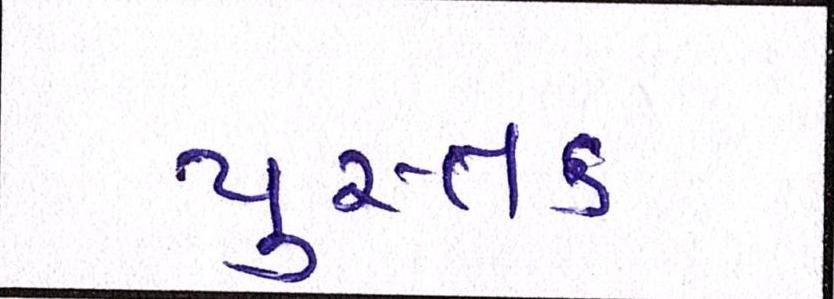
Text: પુસ્તક